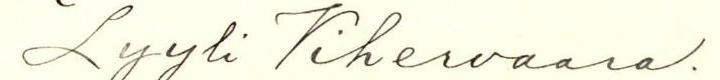
Lyyli Vihervaara.